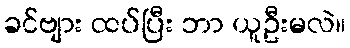
ခင်ဗျား ထပ်ပြီး ဘာ ယူဦးမလဲ။